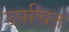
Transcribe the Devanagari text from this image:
उपचित